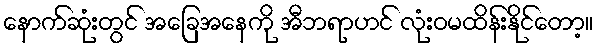
နောက်ဆုံးတွင် အခြေအနေကို အီဘရာဟင် လုံးဝမထိန်းနိုင်တော့။